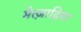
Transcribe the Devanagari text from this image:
मेत्ज़ाद्रिया